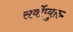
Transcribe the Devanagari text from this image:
सर्वोप्युक्त